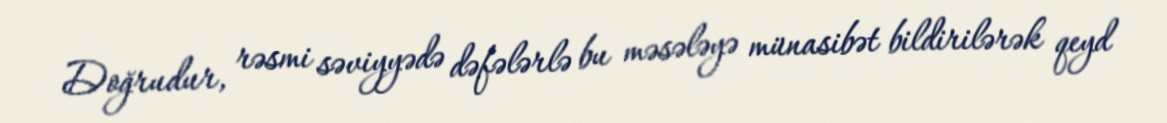
Doğrudur, rəsmi səviyyədə dəfələrlə bu məsələyə münasibət bildirilərək qeyd